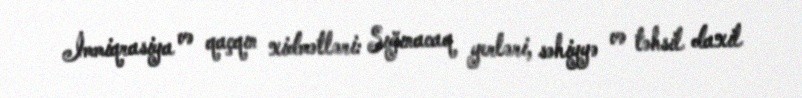
İmmiqrasiya və qaçqın xidmətləri: Sığınacaq yerləri, səhiyyə və təhsil daxil